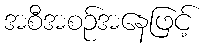
အစီအစဉ်အနေဖြင့်